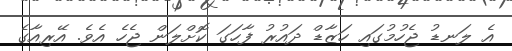
އެ ލަނޑު ޖެހުމުގައި ހަޒާޑް ދައުރު ފާހަގަ ކޮށްލަން ޖެހެ އެވެ. އޭރިއާގެ